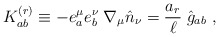
\begin{align*}K_{ab}^{(r)} \equiv - e_a^\mu e_b^\nu\;\nabla_\mu {\hat n}_{\nu} = {a_r \over \ell}\; {\hat g}_{ab}\ ,\end{align*}